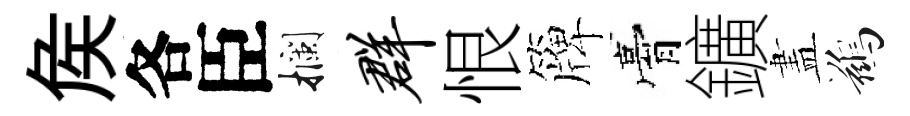
矦各臣攔群恨簰膏鑛𥁞鷀